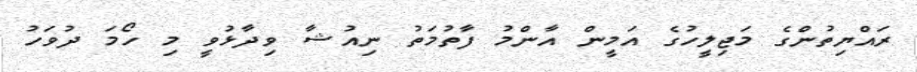
ރައްޔިތުންގެ މަޖިލީހުގެ އަމީން އާންމު ފާތުމަތު ނިއުޝާ ވިދާޅުވީ މި ހޯމަ ދުވަހު